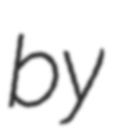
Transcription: by